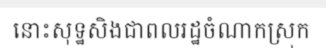
នោះសុទ្ឋសិងជាពលរដ្ឋចំណាកស្រុក